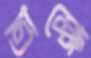
অক্ষে